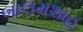
બાલમશાહ